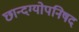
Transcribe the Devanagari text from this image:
छान्दग्योपनिषद